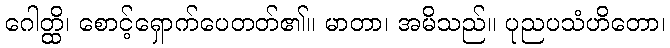
ဂေါတ္ထိ၊ စောင့်ရှောက်ပေတတ်၏။ မာတာ၊ အမိသည်။ ပုညပသံဟိတော၊